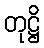
တုဋ္ဌိ